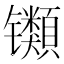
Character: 𫔕